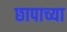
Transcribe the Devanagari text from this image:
छापाच्या